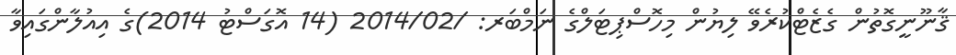
ޤާނޫނީގޮތުން ގެޒެޓްކުރެވޭ ލިޔުން މިހޮސްޕިޓަލްގެ ނަމްބަރ: /2014/02 (14 އޮގަސްޓު 2014)ގެ އިއުލާންގައިވާ